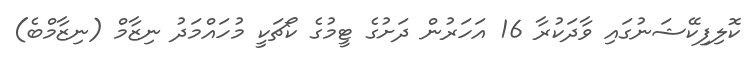
ކޮލިފިކޭޝަނުގައި ވާދަކުރާ 16 އަހަރުން ދަށުގެ ޓީމުގެ ކޯޗަކީ މުހައްމަދު ނިޒާމް (ނިޒާމްބެ)